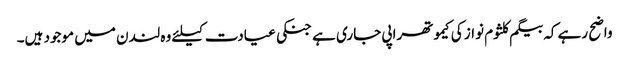
واضح رہے کہ بیگم کلثوم نواز کی کیموتھراپی جاری ہے جنکی عیادت کیلئے وہ لندن میں موجود ہیں۔